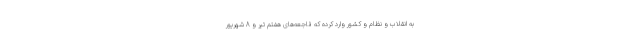
به انقلاب و نظام و کشور وارد کرده که فاجعه‌های هفتم تیر و 8 شهریور